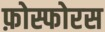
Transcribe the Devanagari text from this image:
फ़ोस्फोरस